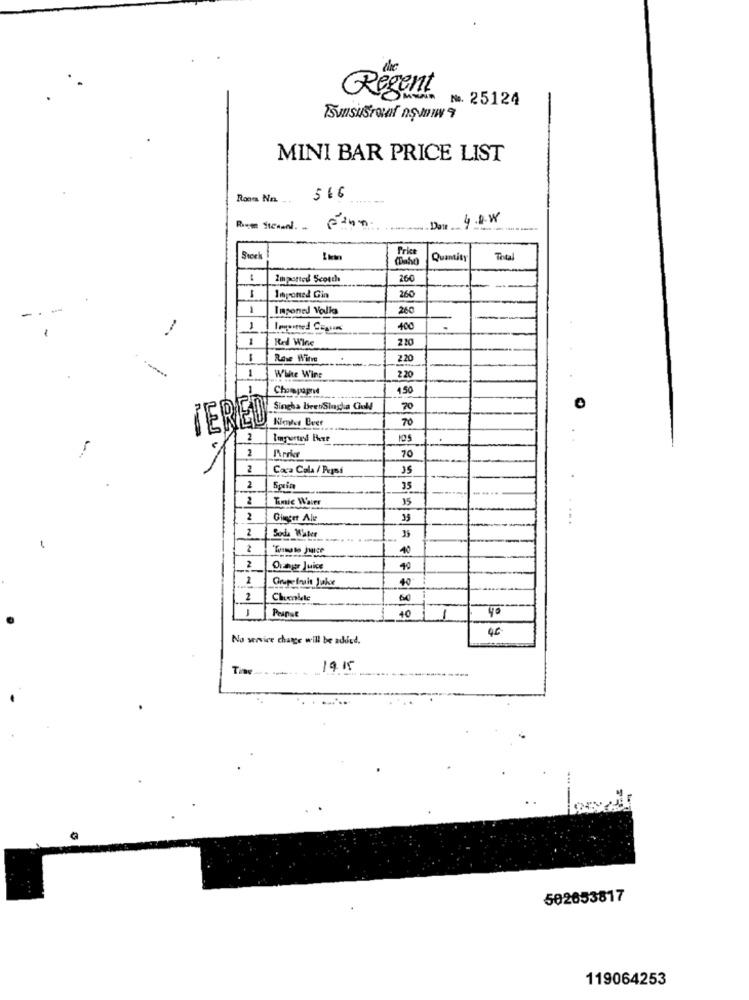
Regent.
5124
MINI BAR PRICE LIST
Roos Na. ..
566
Date 4.D.W
Price
Quantity
Thal
Imported Scotch
260
Inponed Gin
260
1
Imponed Volle
260
400
1
Red Wine
220
..
Rose Witve
2.20
1
White Wine
2.20
Champagne
450
Singha BeehSingha Gold
70
VERED
70
2
Imported Bete
2
70
2
Coca Cola / Pepsi
35
2
35
2
Tonic Water
2
Ginger Ale
35
....
2
Soda Water
35
2
40
2
Orange Juice
40
2
40
2
Chelle
60
40
40
Peanut
1
40
No service charge will be added.
19:15
...
502653817
119064253